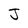
Character: J